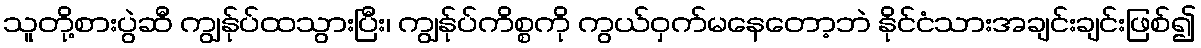
သူတို့စားပွဲဆီ ကျွန်ုပ်ထသွားပြီး၊ ကျွန်ုပ်ကိစ္စကို ကွယ်ဝှက်မနေတော့ဘဲ နိုင်ငံသားအချင်းချင်းဖြစ်၍